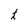
Character: t